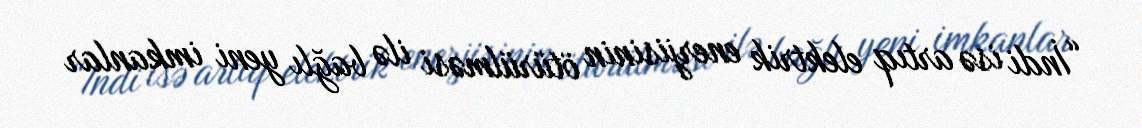
“İndi isə artıq elektrik enerjisinin ötürülməsi ilə bağlı yeni imkanlar